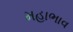
મહાભાવ